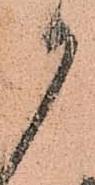
御